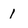
Character: 1